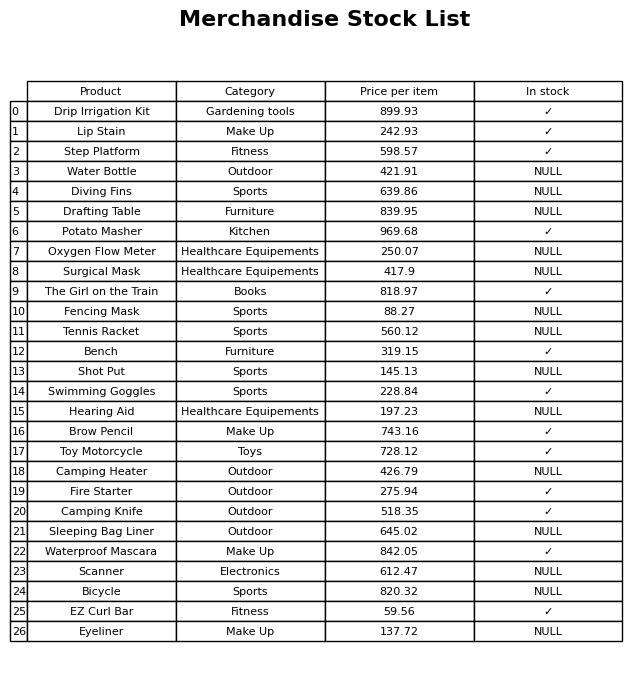
question: What is the stock status of the Camping Knife?
answer: ✓